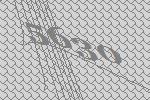
5630